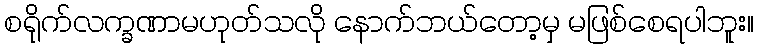
စရိုက်လက္ခဏာမဟုတ်သလို နောက်ဘယ်တော့မှ မဖြစ်စေရပါဘူး။